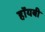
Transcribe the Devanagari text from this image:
हॉयबी